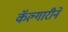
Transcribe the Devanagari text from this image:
कॅल्गारीने